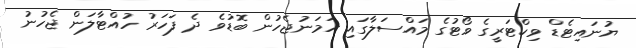
ޔުނައިޓެޑް ވިކްޓަރީގެ ވޯޓުގެ މައްސަލާގައި ހަމަނުޖެހުން ބޮޑުވެ ދެ ފަހަރު ހުއްޓާލަން ޖެހުނު